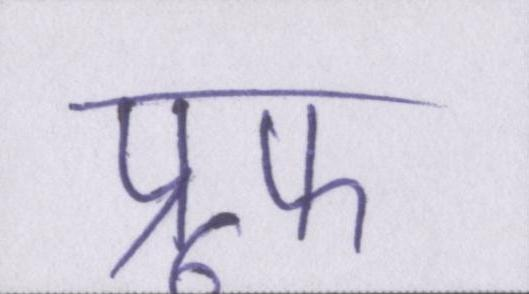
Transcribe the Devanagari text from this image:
प्रूफ